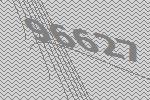
96627